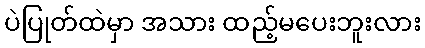
ပဲပြုတ်ထဲမှာ အသား ထည့်မပေးဘူးလား